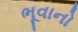
ભૂવાનો